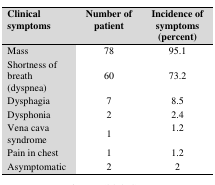
| Clinical symptoms | Number of patient | Incidence of symptoms (percent) |
 | --- | --- | --- |
 | Mass | 78 | 95.1 |
 | Shortness of breath (dyspnea) | 60 | 73.2 |
 | Dysphagia | 7 | 8.5 |
 | Dysphonia | 2 | 2.4 |
 | Vena cava syndrome | 1 | 1.2 |
 | Pain in chest | 1 | 1.2 |
 | Asymptomatic | 2 | 2 |